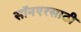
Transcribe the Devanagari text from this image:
सॉनएरसाठी